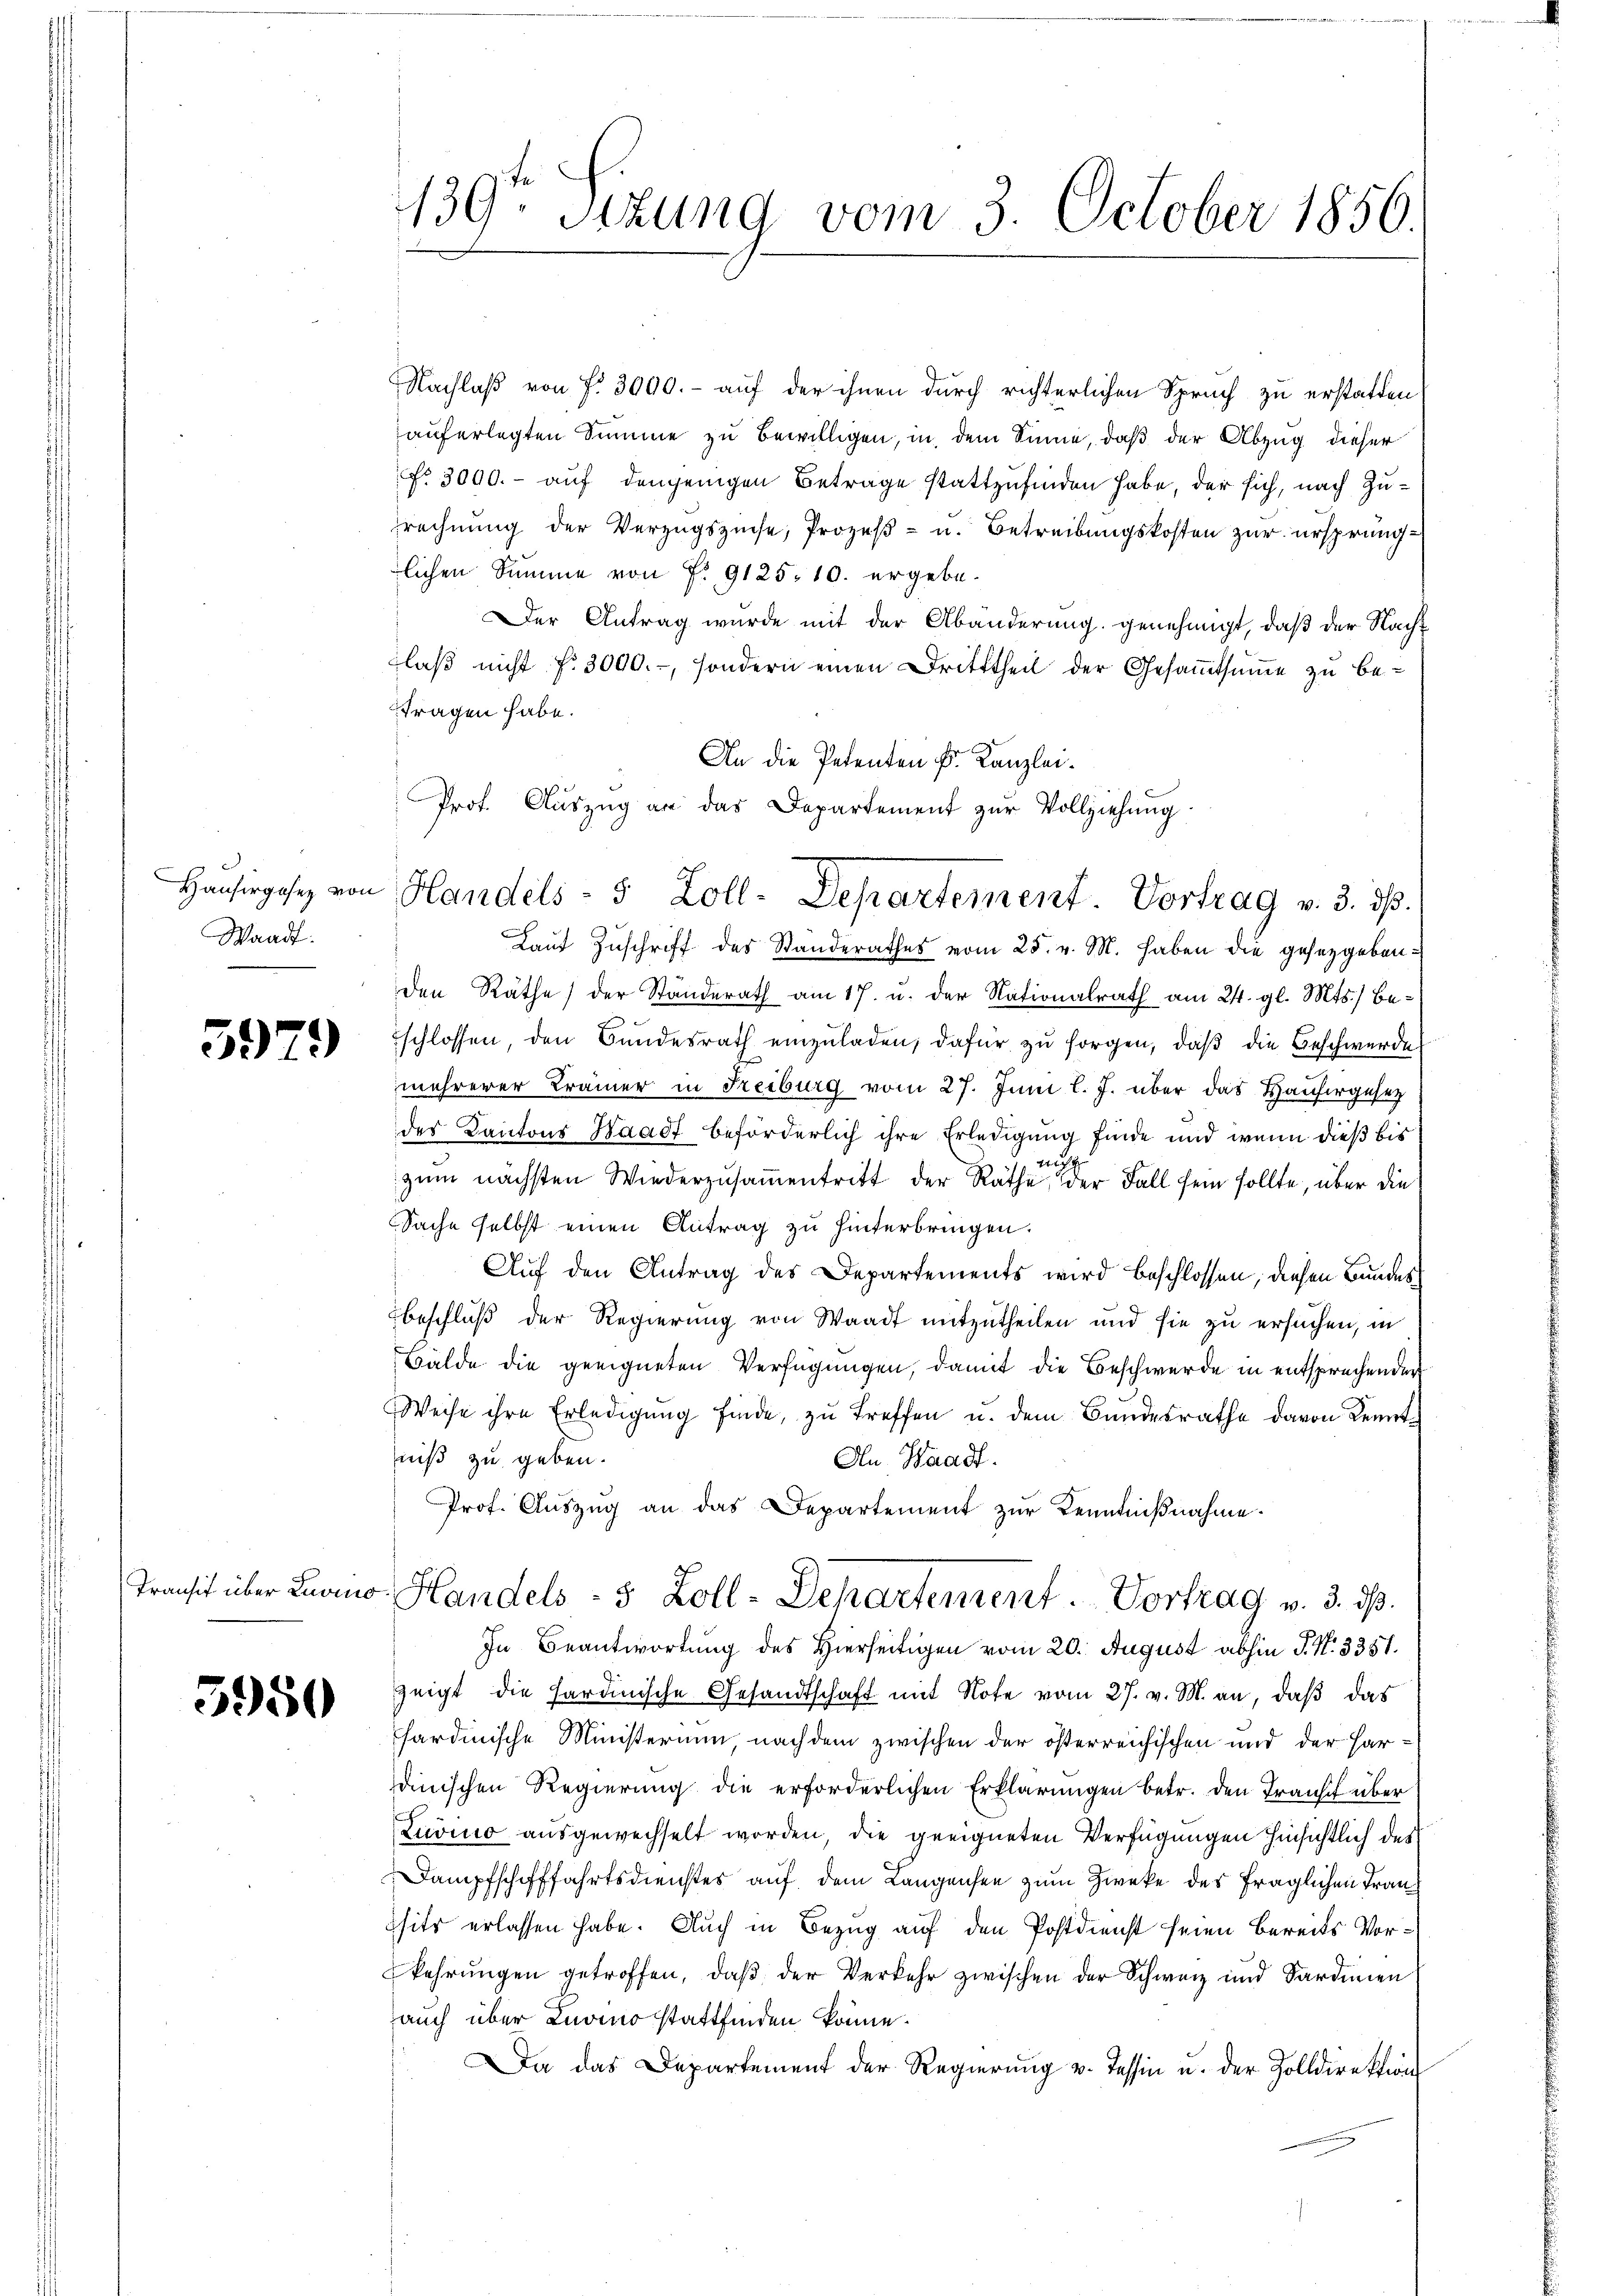
u
Waadt.

5979

3950

139. Sitzung vom 3. October 1856.

NNachlaß von f. 3000.- auf der ihnen durch richterlichen Spruch zu erstatten
auferlegten Summe zu bewilligen, in dem Sinne, daß der Abzug dieser
No. 3000.- auf denjenigen Betrage stattzufinden habe, der sich, nach Zurechnung der Verzugszinse, Prozeß- u. Betreibungskosten zur ursprünglichen Summe von P. 9125. 10. ergebe.
Der Antrag wurde mit der Abänderung genehmigt, daß der Nacht
laß nicht fr. 3000.-, sondern einen Dritttheil der Gesammtsumme zu be-
fragen habe.
An die Petenten Fr. Kanzlei¬
Lauf Zuschrift des Standerathes vom 25. v. M. haben die gesetzgeben.
den Räthe der Standerath am 17. u. der Nationalrath am 24. gl. Mts., beschlossen, den Bundesrath einzŭladen, dafür zŭ sorgen, daβ die Beschwerde
mehrerer Krämer in Freiburg vom 27. Juni l. J. über das Hausergesez
des Kantons Waadt beförderlich ihre Erledigung finde und wenn dieß bis
nig
zŭm nächsten Wiederzusammentritt der Räthe der Fall sein sollte, über die
Sache selbst einen Antrag zu hinterbringen.
Auf den Antrag des Departements wird beschlossen, diesen Bundesbeschluß der Regierung von Waadt mitzutheilen und sie zu ersuchen, in
Bälde die geeigneten Verfügungen, damit die Beschwerde in entsprechender
Weise ihre Erledigung finde, zu treffen u. dem Bundesrathe davon Kenntniß zu geben.
An Waadt.
Prof. Auszug an das Departement zur Kenntnißnahme.
Transit über Luomo Handels - 5 Zoll-Departement. Vortrag v. 3. ds.
In Beantwortung des Hierseitigen vom 20. August abhin P. Nr. 3351.
zeigt die hardinische Gesandtschaft mit Note vom 27. v. M. an, daß das
sardinische Ministerium, nachdem zwischen der österreichischen und der Hardinischen Regierung die erforderlichen Erklärungen betr. den Transch über
Zuvino ausgewechselt worden, die geeigneten Verfügungen hinsichtlich des
Dampfschifffahrtsdienstes auf dem Langensee zum Zwecke des fraglichen Fransite erlassen habe. Auch in Bezug auf den Postdienst seien bereits Vorkehrŭngen getroffen, daβ der Verkehr zwischen der Schweiz und Sardinien
auch über Knomo stattfinden könne.
Da das Departement der Regierung v. Tessin u. der Zolldirektion

Prof. Auszug an das Departement zur Vollziehung
Hausergehe von Handels- 5 Zoll-Departement. Vortrag v. 3. ds.